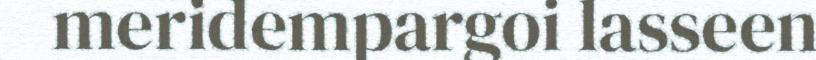
meridempargoi lasseen